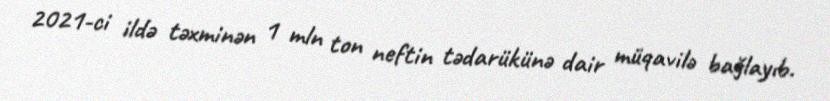
2021-ci ildə təxminən 1 mln ton neftin tədarükünə dair müqavilə bağlayıb.